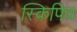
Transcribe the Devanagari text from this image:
स्किपिय